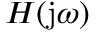
H ( \mathrm { j } \omega )